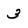
Character: 3